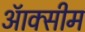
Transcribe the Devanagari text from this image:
ऑक्सीम